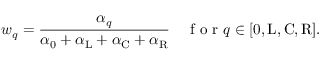
w _ { q } = \frac { \alpha _ { q } } { \alpha _ { 0 } + \alpha _ { \mathrm { L } } + \alpha _ { \mathrm { C } } + \alpha _ { \mathrm { R } } } \quad \mathrm { ~ f ~ o ~ r ~ } q \in [ \mathrm { 0 , L , C , R } ] .